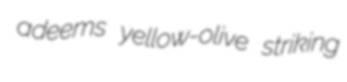
adeems yellow-olive striking